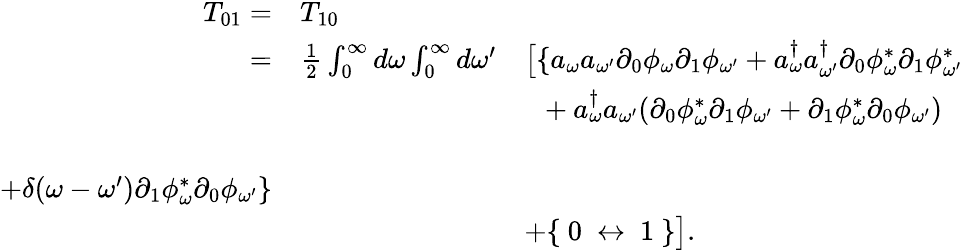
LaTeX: \begin{array}{rll}{{T_{01}=}}&{{T_{10}}}&{{}}\\ {{=}}&{{{\frac{1}{2}}\int_{0}^{\infty}d\omega\int_{0}^{\infty}d\omega^{\prime}}}&{{\big[\{ a_{\omega}a_{\omega^{\prime}}\partial_{0}\phi_{\omega}\partial_{1}\phi_{\omega^{\prime}}+a_{\omega}^{\dagger}a_{\omega^{\prime}}^{\dagger}\partial_{0}\phi_{\omega}^{\ast}\partial_{1}\phi_{\omega^{\prime}}^{\ast}}}\\ {{}}&{{}}&{{\ \ +a_{\omega}^{\dagger}a_{\omega^{\prime}}(\partial_{0}\phi_{\omega}^{\ast}\partial_{1}\phi_{\omega^{\prime}}+\partial_{1}\phi_{\omega}^{\ast}\partial_{0}\phi_{\omega^{\prime}})}}\\ {{}}&{{}}&{{}}\\ {{+\delta(\omega-\omega^{\prime})\partial_{1}\phi_{\omega}^{\ast}\partial_{0}\phi_{\omega^{\prime}}\} }}\\ {{}}&{{}}&{{+\{ \ 0\ \leftrightarrow\ 1\ \} \big].}}\end{array}